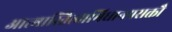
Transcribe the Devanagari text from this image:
आत्मास्तित्वाभिधानप्रसक्तौ